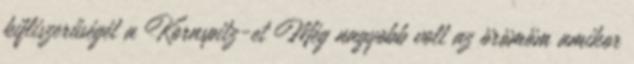
kifliszerűségét a Kornspitz-et Még nagyobb volt az örömöm amikor